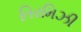
તિરમિઝી